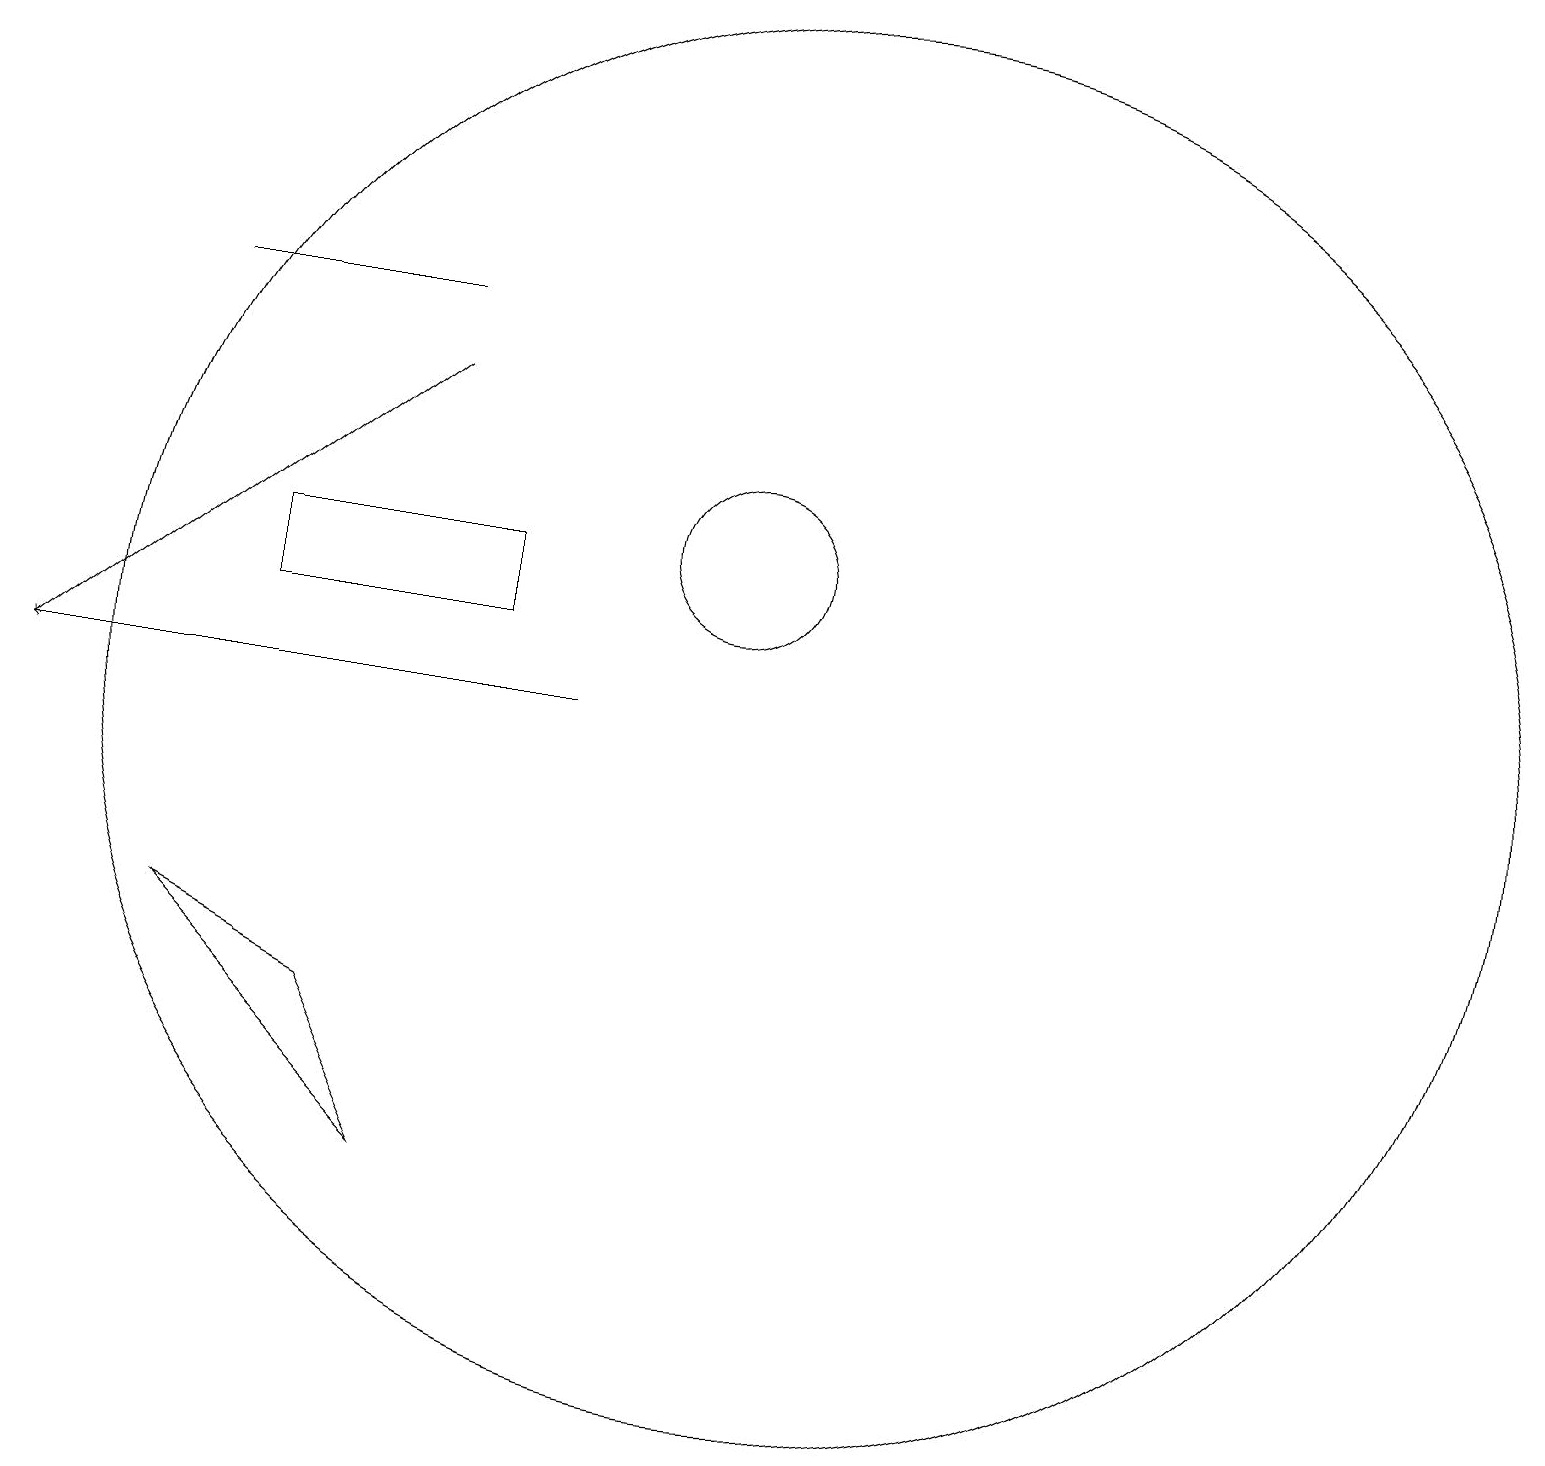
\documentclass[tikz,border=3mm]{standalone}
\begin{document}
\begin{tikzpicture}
\draw[->] (9,10) -- (2,10);
\draw[->] (7,14) -- (2,10);
\draw (7,15) rectangle (4,15);
\draw (4,7) -- (7,4) -- (6,6) -- cycle;
\draw (11,12) circle (1);
\draw (8,11) rectangle (5,12);
\draw (12,10) circle (9);
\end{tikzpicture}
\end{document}